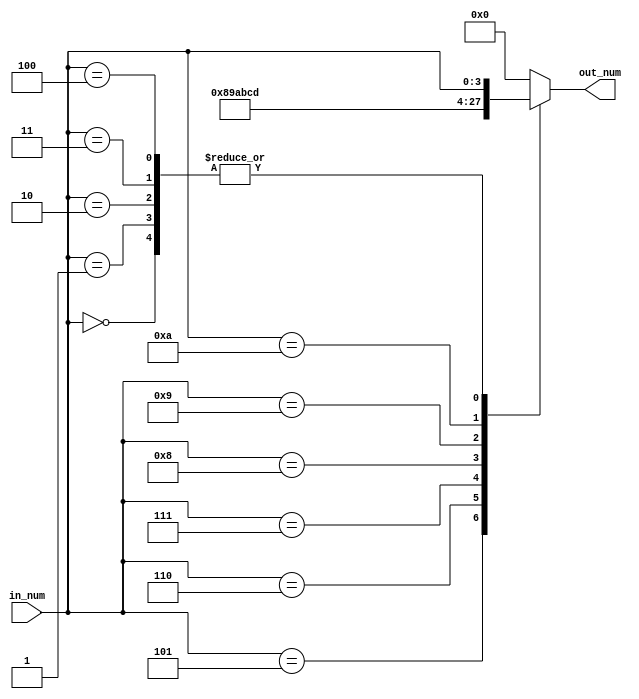
module add3_ge5 (in_num, out_num);
	input [3:0] in_num;
	output [3:0] out_num;
	
	reg [3:0] out_num;
	
	always @ (in_num)
	begin
		case (in_num)
			4'b0101: out_num = 4'b1000;
			4'b0110: out_num = 4'b1001;
			4'b0111: out_num = 4'b1010;
			4'b1000: out_num = 4'b1011;
			4'b1001: out_num = 4'b1100;
			4'b1010: out_num = 4'b1101; //case(10): out_num=13 should be enough of cases
			//----------------------------
			4'b0000: out_num = in_num;
			4'b0001: out_num = in_num;
			4'b0010: out_num = in_num;
			4'b0011: out_num = in_num;
			4'b0100: out_num = in_num;
			
			default: out_num = 4'b0000;
		endcase
	end
endmodule